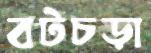
বটচড়া